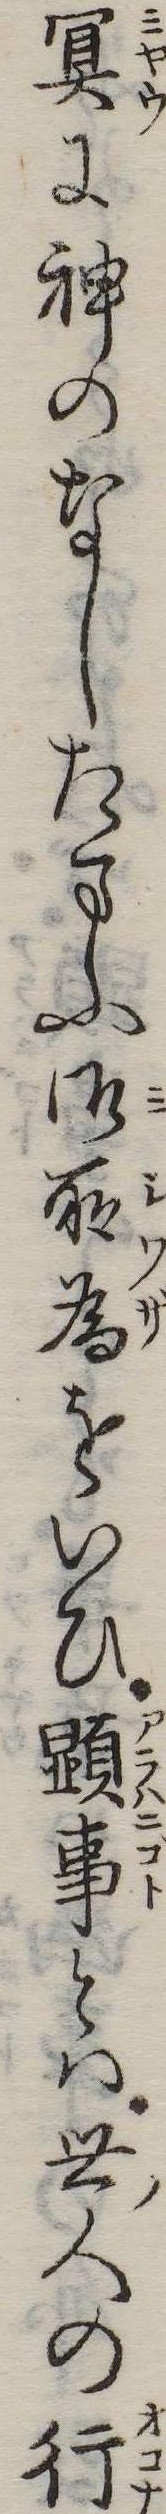
冥に神のなしたまふ御所為をいひ顕事とは世人の行